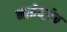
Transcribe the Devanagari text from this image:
नातेवईक